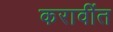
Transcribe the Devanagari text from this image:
करावींत